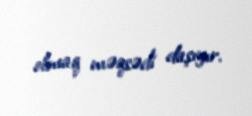
olmaq məqsədi daşıyır.